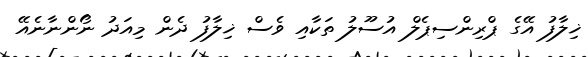
ޚިލާފު އޭގެ ޕްރިންސިޕެލް އުސޫލު ތަކާއި ވެސް ޚިލާފު ދެން މިއަދު ނޯންނާނެއޭ